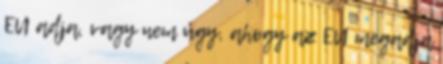
EU adja, vagy nem úgy, ahogy az EU megadja